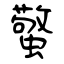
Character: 蟼